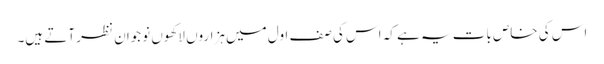
اس کی خاص بات یہ ہے کہ اس کی صف اول میں ہزاروں لاکھوں نوجوان نظر آتے ہیں۔